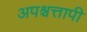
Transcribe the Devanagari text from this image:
अपश्चत्तापी